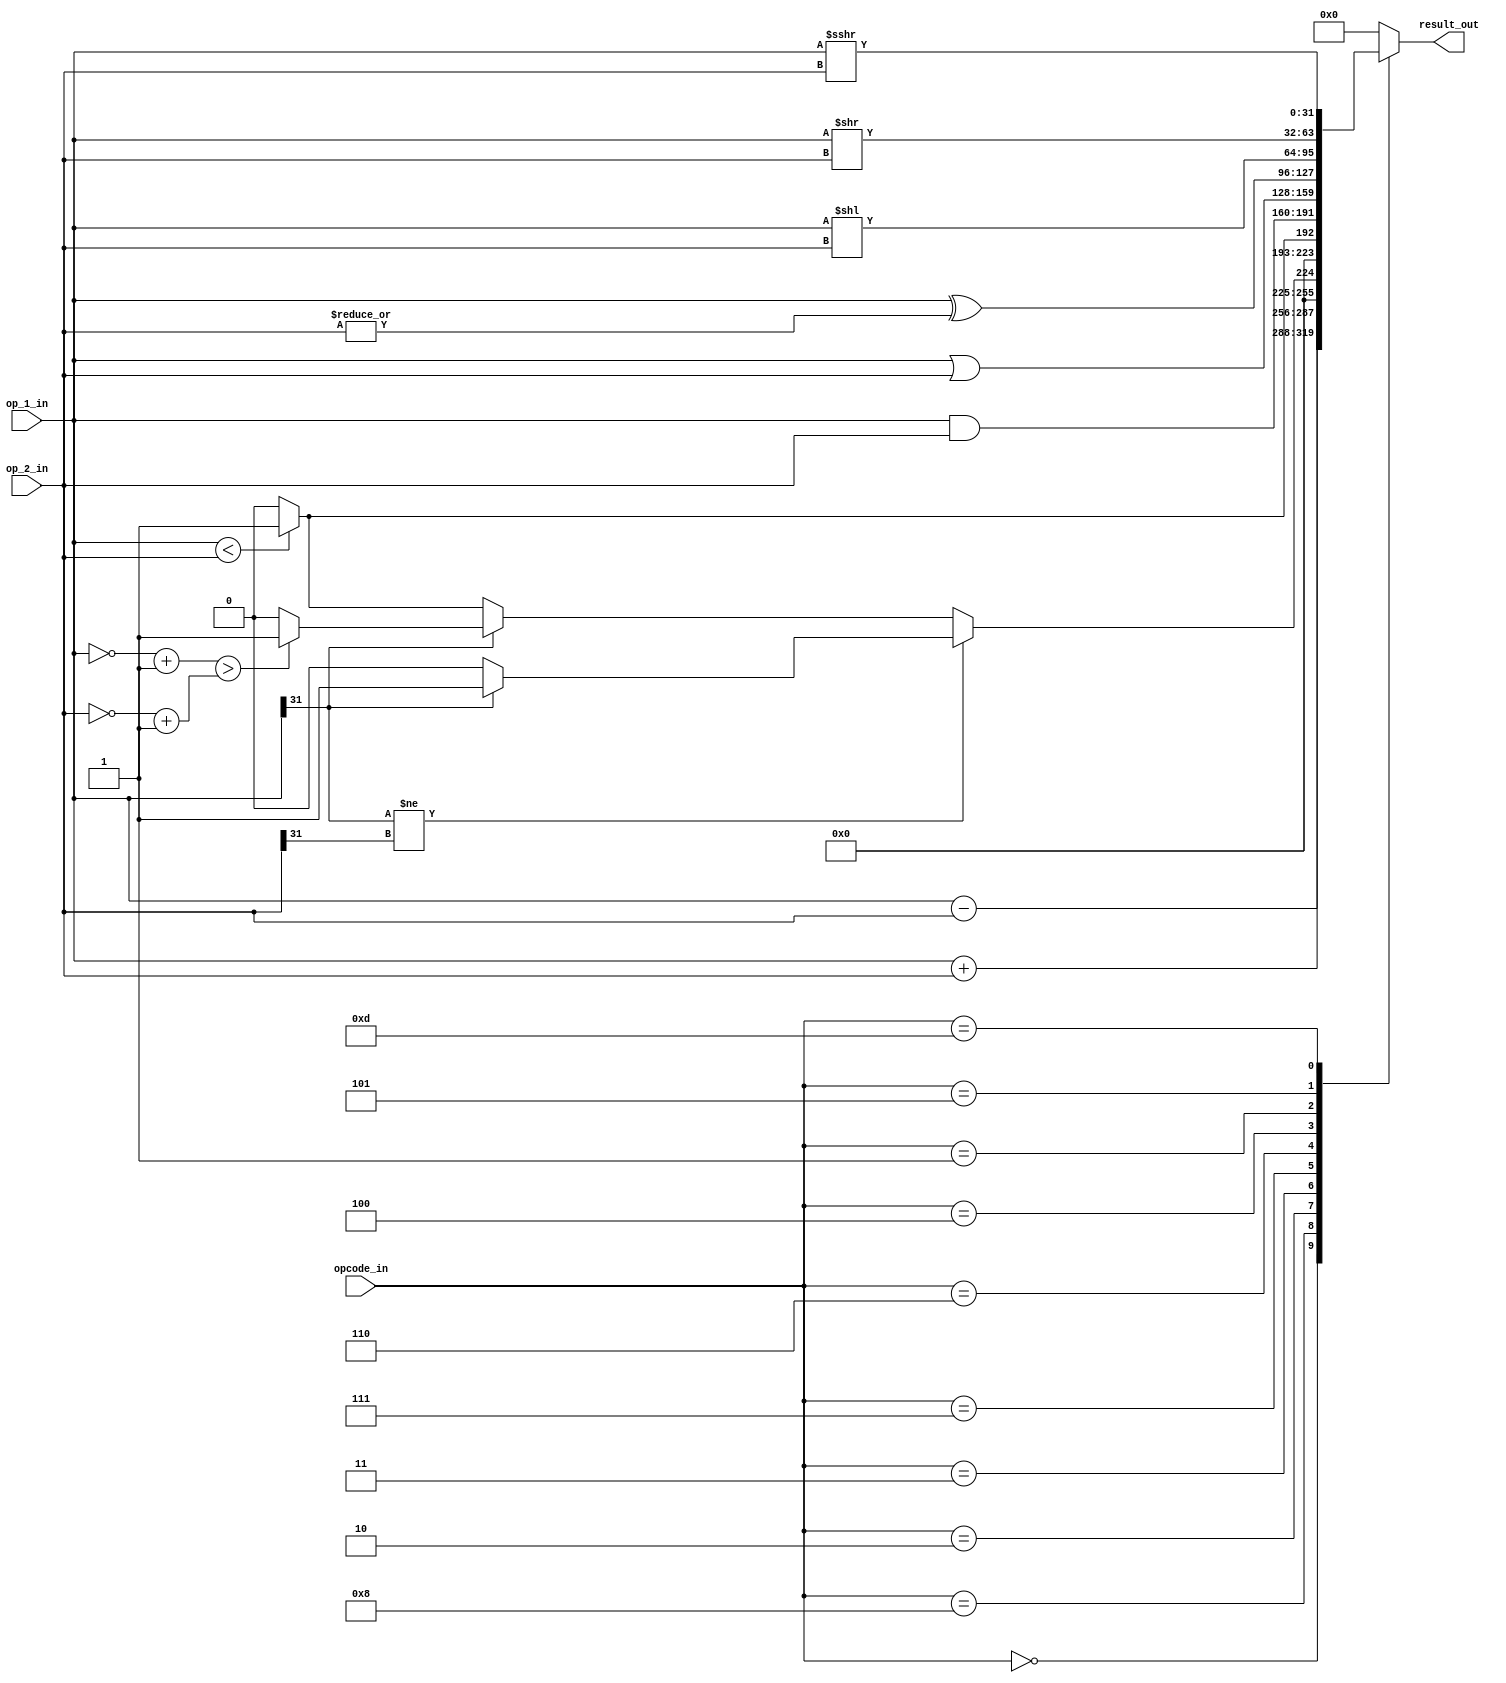
module msrv32_alu (op_1_in , op_2_in , opcode_in , result_out);
input [31:0] op_1_in , op_2_in ;
input [3:0] opcode_in ;
output reg[31:0] result_out;

wire ltus , lts ,cop1 ,cop2;
wire [31:0] crs1 , crs2;
assign crs1 = ~op_1_in + 1'b1;
assign crs2 = ~op_2_in + 1'b1;
assign cgs = crs1 > crs2 ? 1:0;
assign ltus = op_1_in < op_2_in ? 1:0;
assign lts = (op_1_in[31] != op_2_in[31])? ((op_1_in[31]==0)? 0:1):((op_1_in[31]==1)?cgs:ltus);

always @(*)
begin
case (opcode_in)
4'b0000: result_out = op_1_in + op_2_in ; 
4'b1000: result_out = op_1_in - op_2_in;
4'b0010: result_out = lts;
4'b0011: result_out = ltus;
4'b0111: result_out = op_1_in & op_2_in;
4'b0110: result_out = op_1_in | op_2_in;
4'b0100: result_out = op_1_in ^| op_2_in;
4'b0001: result_out = op_1_in << op_2_in;
4'b0101: result_out = op_1_in >> op_2_in;
4'b1101: result_out = op_1_in >>> op_2_in;
default: result_out = 32'h00000000;
endcase
end

endmodule